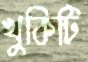
খুকিটি